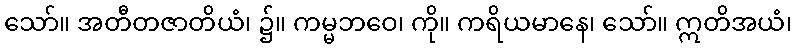
သော်။ အတီတဇာတိယံ၊ ၌။ ကမ္မဘဝေ၊ ကို။ ကရိယမာနေ၊ သော်။ ဣတိအယံ၊